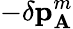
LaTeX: -\delta\mathbf{p}_{\mathbf{A}}^{m}